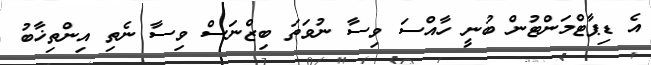
އެ ޑިޕާޓްމަންޓުން ބުނީ ހާއްސަ ވިސާ ނުވަތަ ބިޒްނަސް ވިސާ ނެތި އިންތިޚާބު